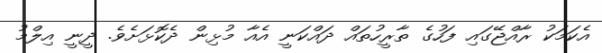
އެކަމަކު ރާއްޖޭގައި ފަހުގެ ތާރީހުތައް ދައްކަނީ އެއާ މުޅިން ދެކޮޅަށެވެ. ދީނީ އިލްމު